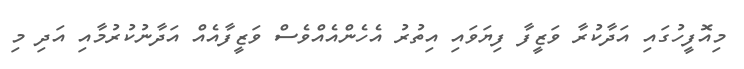
މިއޮފީހުގައި އަދާކުރާ ވަޒީފާ ފިޔަވައި އިތުރު އެހެންއެއްވެސް ވަޒީފާއެއް އަދާނުކުރުމާއި އަދި މި